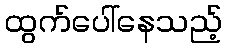
ထွက်ပေါ်နေသည့်